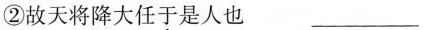
②故天将降大任于是人也 ___